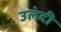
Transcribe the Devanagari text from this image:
उलंदी